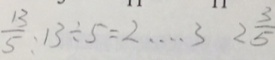
\frac { 1 3 } { 5 } : 1 3 \div 5 = 2 \cdots 3 2 \frac { 3 } { 5 }